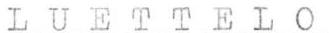
LUETTELO